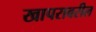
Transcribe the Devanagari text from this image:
खापरावरील